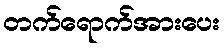
တက်ရောက်အားပေး